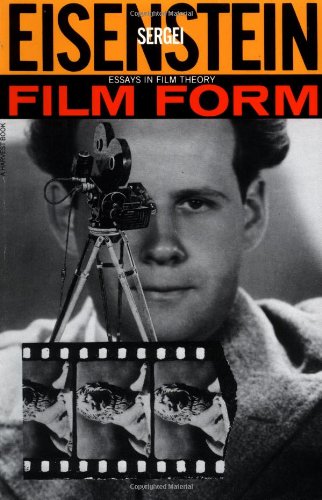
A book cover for Film Form: Essays in Film Theory; Sergei Eisenstein; Humor & Entertainment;